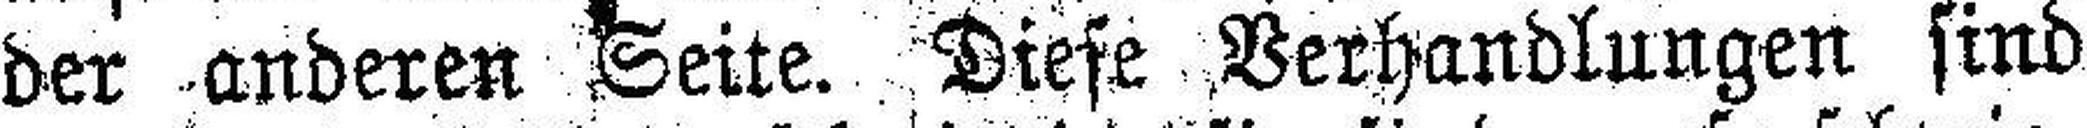
der anderen Seite. Diese Verhandlungen sind